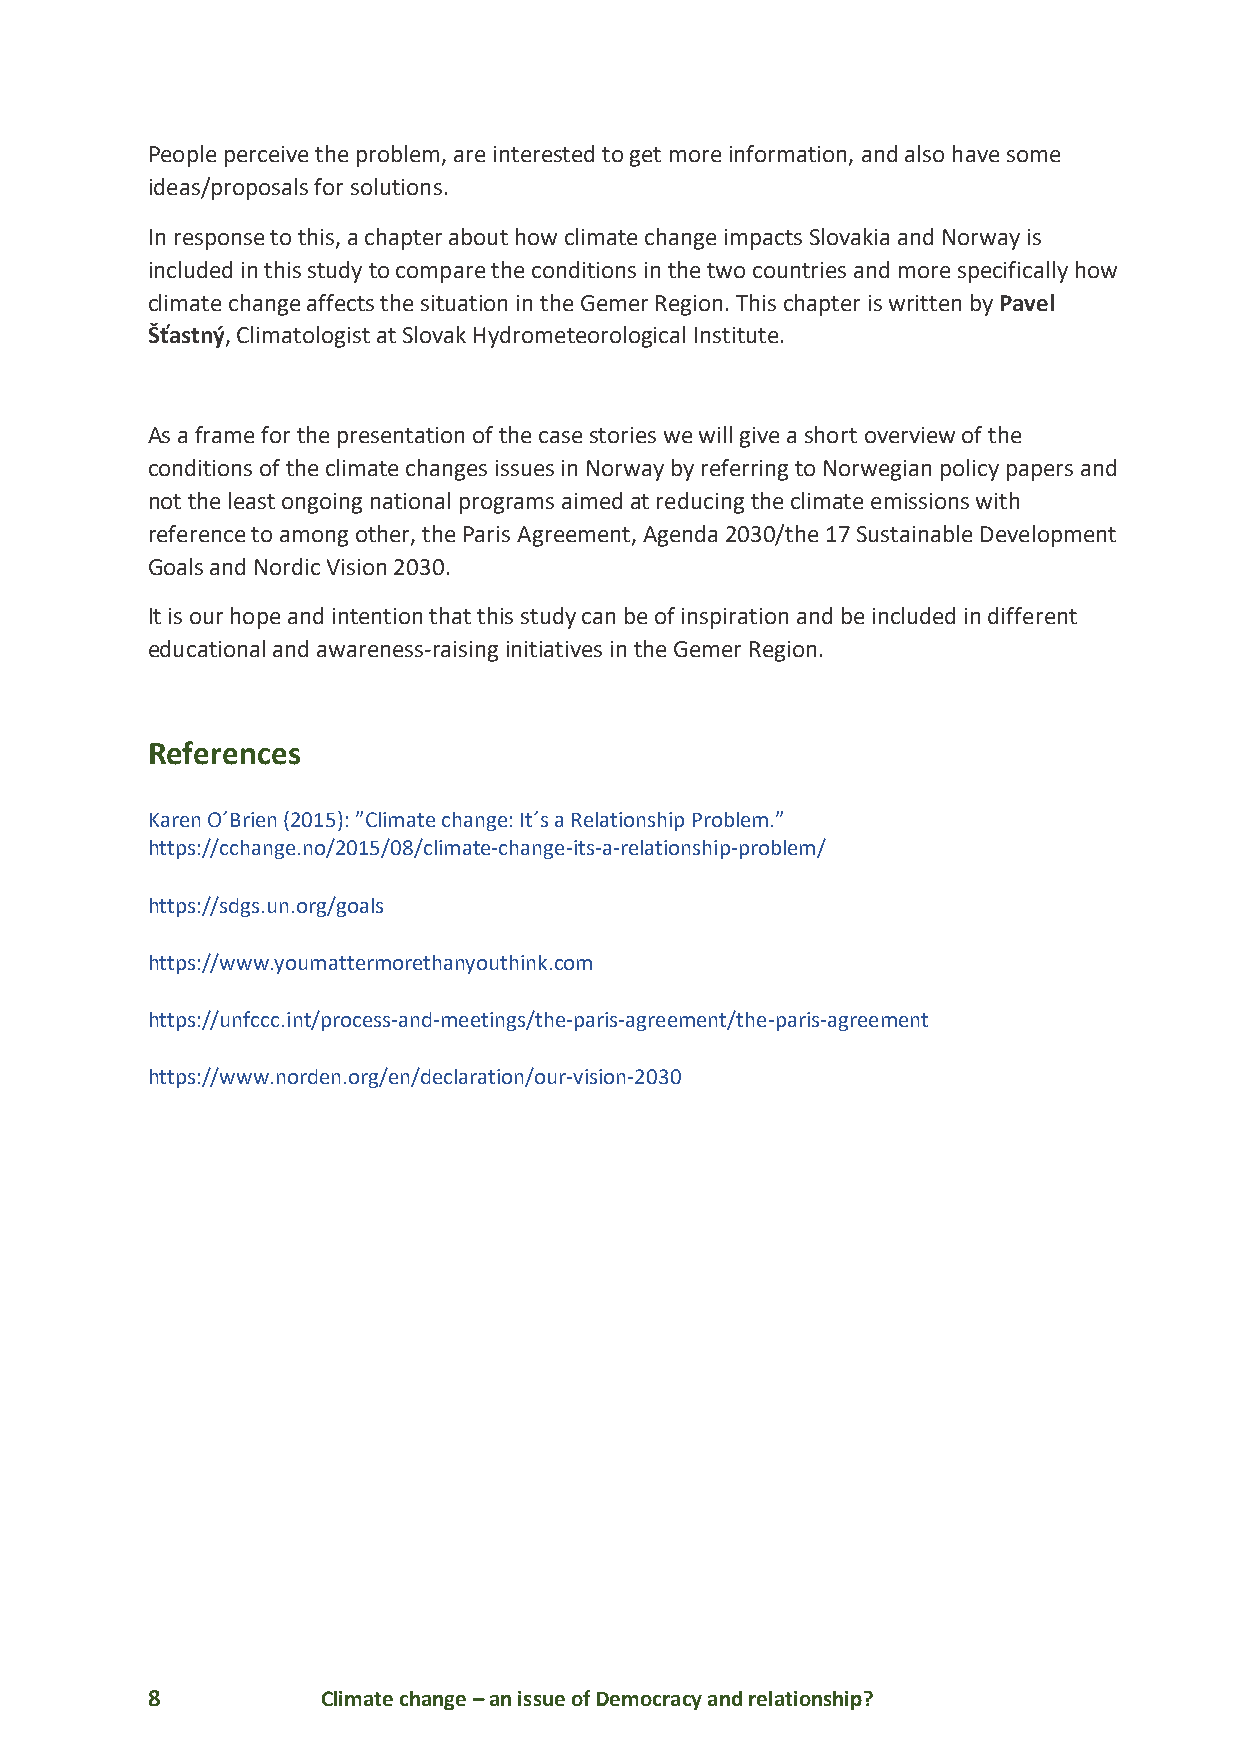
People perceive the problem, are interested to get more information, and also have some
 ideas/proposals for solutions.
 In response to this, a chapter about how climate change impacts Slovakia and Norway is
 included in this study to compare the conditions in the two countries and more specifically how
 climate change affects the situation in the Gemer Region. This chapter is written by Pavel
 Šťastný, Climatologist at Slovak Hydrometeorological Institute.
 As a frame for the presentation of the case stories we will give a short overview of the
 conditions of the climate changes issues in Norway by referring to Norwegian policy papers and
 not the least ongoing national programs aimed at reducing the climate emissions with
 reference to among other, the Paris Agreement, Agenda 2030/the 17 Sustainable Development
 Goals and Nordic Vision 2030.
 It is our hope and intention that this study can be of inspiration and be included in different
 educational and awareness-raising initiatives in the Gemer Region.
 References
 Karen O´Brien (2015): ”Climate change: It´s a Relationship Problem.”
 https://cchange.no/2015/08/climate-change-its-a-relationship-problem/
 https://sdgs.un.org/goals
 https://www.youmattermorethanyouthink.com
 https://unfccc.int/process-and-meetings/the-paris-agreement/the-paris-agreement
 https://www.norden.org/en/declaration/our-vision-2030
 8          Climate change – an issue of Democracy and relationship?